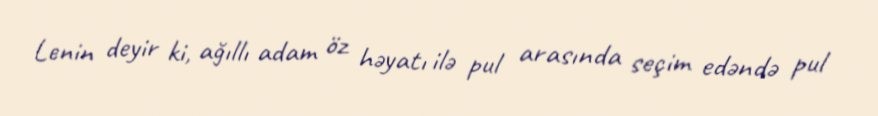
Lenin deyir ki, ağıllı adam öz həyatı ilə pul arasında seçim edəndə pul